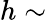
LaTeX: h\sim